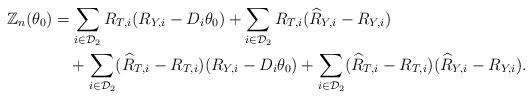
LaTeX: \begin{align*}\mathbb{Z}_n(\theta_0) &= \sum_{i\in\mathcal{D}_2} R_{T,i}(R_{Y,i} - D_i\theta_0) + \sum_{i\in\mathcal{D}_2} R_{T,i}(\widehat{R}_{Y,i} - R_{Y,i})\\&\quad+ \sum_{i\in\mathcal{D}_2} (\widehat{R}_{T,i} - R_{T,i})(R_{Y,i} - D_i\theta_0) + \sum_{i\in\mathcal{D}_2} (\widehat{R}_{T,i} - R_{T,i})(\widehat{R}_{Y,i} - R_{Y,i}).\end{align*}